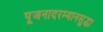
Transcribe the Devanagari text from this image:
पूजनादरम्यानसुद्धा